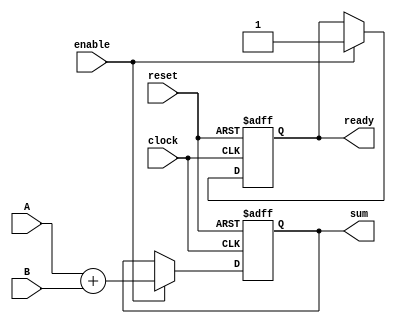
`timescale 1ns / 1ps
//////////////////////////////////////////////////////////////////////////////////
// Company: 
// Engineer: 
// 
// Design Name: 
// Module Name:    adder 
// Project Name: 
// Target Devices: 
// Tool versions: 
// Description: 
//
// Dependencies: 
//
// Revision: 
// Revision 0.01 - File Created
// Additional Comments: 
//
//////////////////////////////////////////////////////////////////////////////////
module GenericAdderHandshake(clock,reset,A,B,enable,sum,ready);

parameter Abitwidth=21;
parameter Bbitwidth=21;
parameter Sbitwidth=22;

input clock;
input reset;
input[Abitwidth-1:0] A;
input[Bbitwidth-1:0] B;
input enable;
output reg[Sbitwidth-1:0] sum=0;
output reg ready=0;

always@(posedge clock or posedge reset)begin
	
	if(reset == 1)begin
		sum = 0;
		ready = 0;
	end
	else begin
		if(enable == 1)begin
			sum = A + B;
			ready = 1;
		end
		else begin
			sum = sum;
			ready = ready;
		end
	end
	
end

endmodule